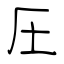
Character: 圧